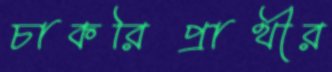
চাকরিপ্রার্থীর